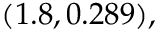
( 1 . 8 , 0 . 2 8 9 ) ,